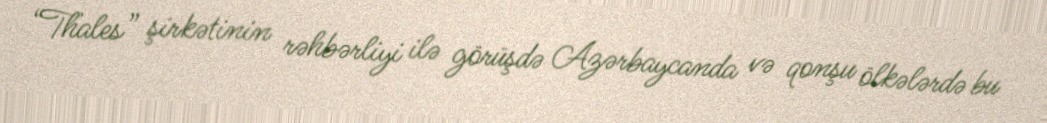
“Thales” şirkətinin rəhbərliyi ilə görüşdə Azərbaycanda və qonşu ölkələrdə bu